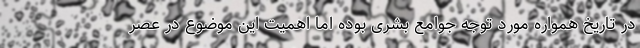
در تاریخ همواره مورد توجه جوامع بشری بوده اما اهمیت این موضوع در عصر